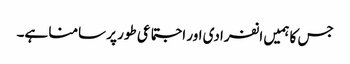
جس کا ہمیں انفرادی اور اجتماعی طور پر سامنا ہے۔